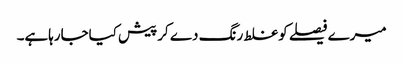
میرے فیصلے کوغلط رنگ دے کرپیش کیاجارہاہے۔